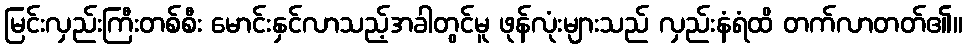
မြင်းလှည်းကြီးတစ်စီး မောင်းနှင်လာသည့်အခါတွင်မူ ဖုန်လုံးများသည် လှည်းနံရံထိ တက်လာတတ်၏။